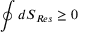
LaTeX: \oint d S _ { R e s } \geq 0